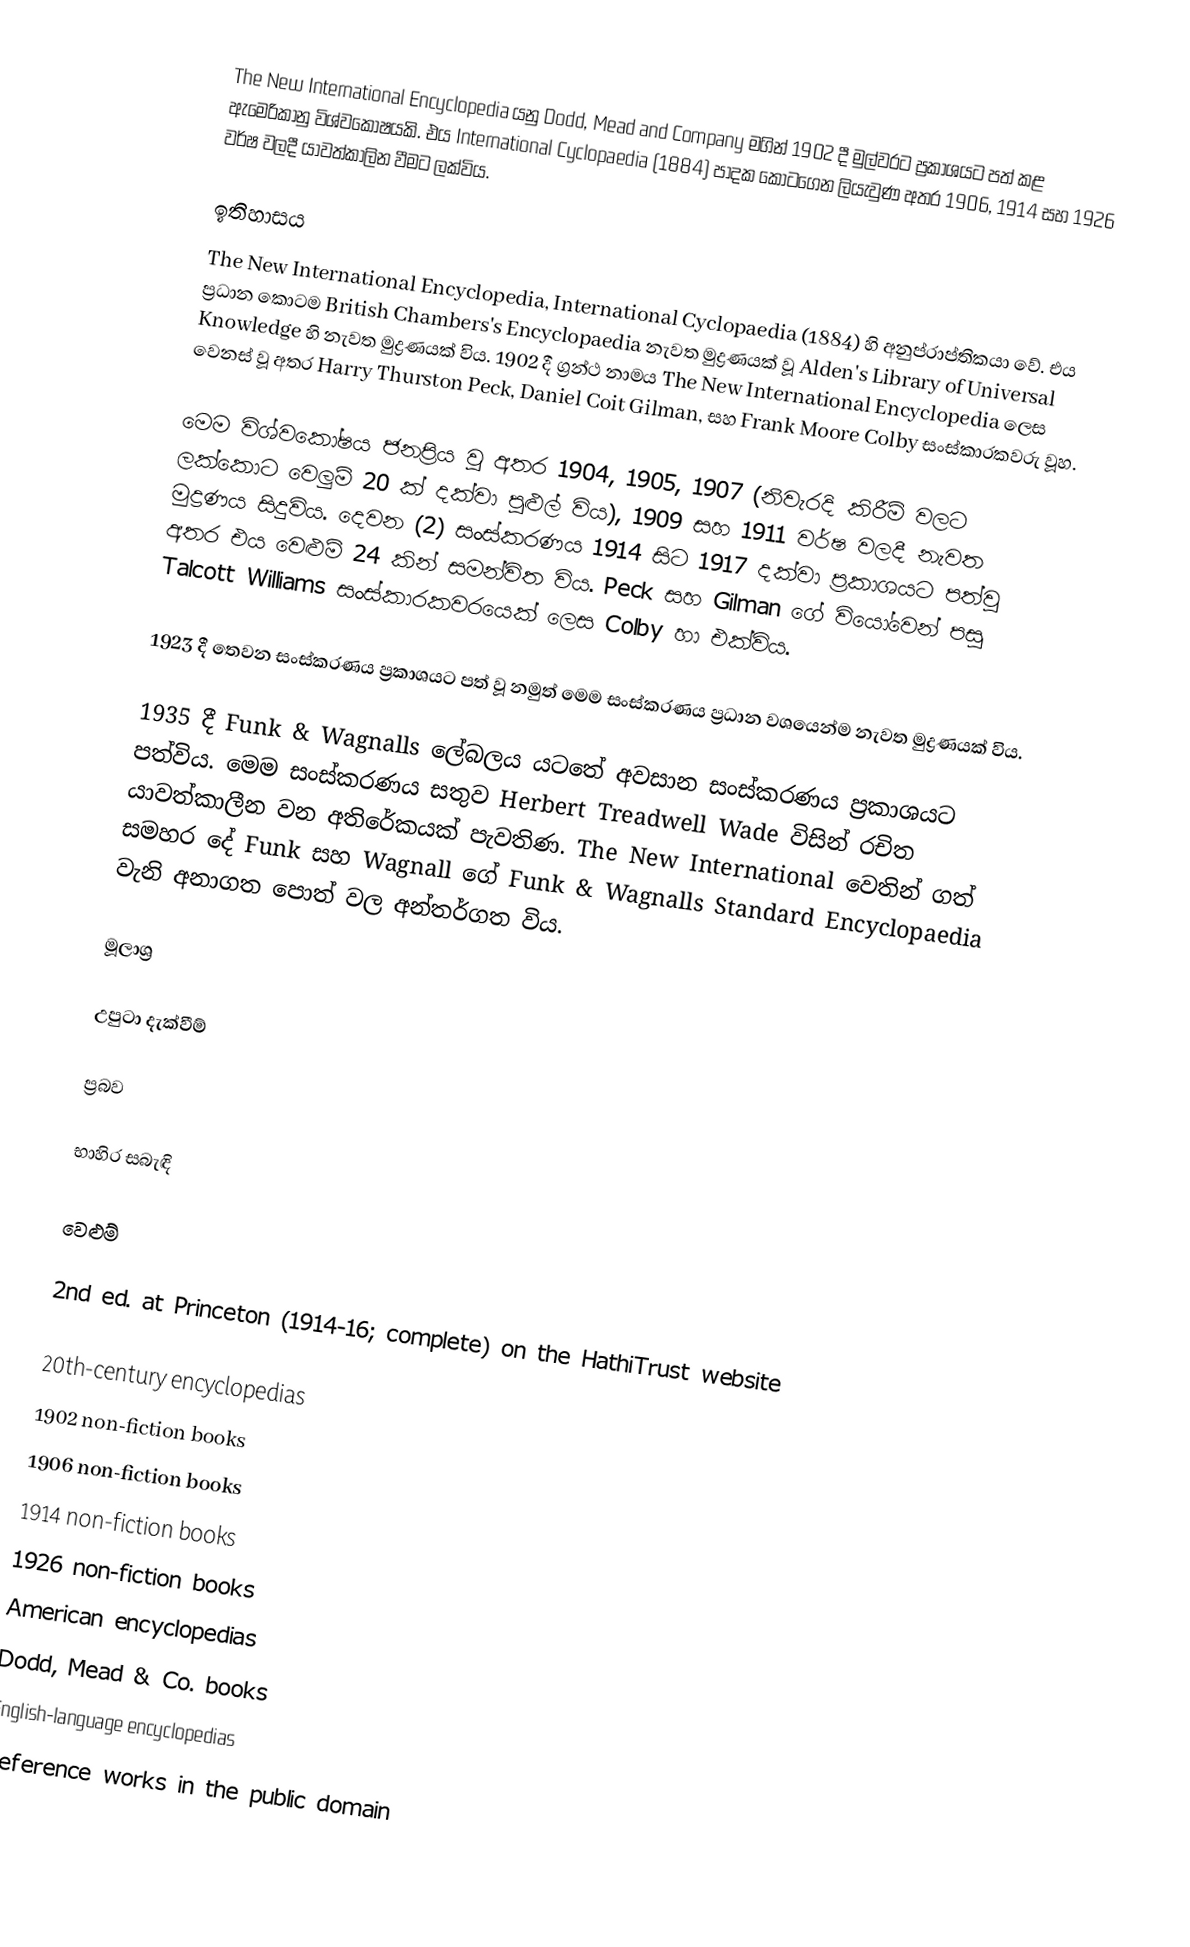
The New International Encyclopedia යනු Dodd, Mead and Company මගින් 1902 දී මුල්වරට ප්‍රකාශයට පත් කළ ඇමෙරිකානු විශ්වකෝෂයකි. එය International Cyclopaedia (1884) පාදක කොටගෙන ලියැවුණ අතර 1906, 1914 සහ 1926 වර්ෂ වලදී යාවත්කාලින වීමට ලක්විය.

ඉතිහාසය
The New International Encyclopedia, International Cyclopaedia (1884) හි අනුප්රාප්තිකයා වේ. එය ප්‍රධාන කොටම British Chambers's Encyclopaedia නැවත මුද්‍රණයක් වූ Alden's Library of Universal Knowledge හි නැවත මුද්‍රණයක් විය. 1902 දී ග්‍රන්ථ නාමය The New International Encyclopedia ලෙස වෙනස් වූ අතර Harry Thurston Peck, Daniel Coit Gilman, සහ Frank Moore Colby සංස්කාරකවරු වූහ.

මෙම විශ්වකෝෂය ජනප්‍රිය වූ අතර 1904, 1905, 1907 (නිවැරදි කිරීම් වලට ලක්කොට වෙලුම් 20 ක් දක්වා පුළුල් විය), 1909 සහ 1911 වර්ෂ වලදී නැවත මුද්‍රණය සිදුවිය. දෙවන (2) සංස්කරණය 1914 සිට 1917 දක්වා ප්‍රකාශයට පත්වූ අතර එය වෙළුම් 24 කින් සමන්විත විය. Peck සහ Gilman ගේ වියෝවෙන් පසු Talcott Williams සංස්කාරකවරයෙක් ලෙස Colby හා එක්විය.

1923 දී තෙවන සංස්කරණය ප්‍රකාශයට පත් වූ නමුත් මෙම සංස්කරණය ප්‍රධාන වශයෙන්ම නැවත මුද්‍රණයක් විය.

1935 දී Funk & Wagnalls ලේබලය යටතේ අවසාන සංස්කරණය ප්‍රකාශයට පත්විය. මෙම සංස්කරණය සතුව Herbert Treadwell Wade විසින් රචිත යාවත්කාලීන වන අතිරේකයක් පැවතිණ. The New International වෙතින් ගත් සමහර දේ Funk සහ Wagnall ගේ Funk & Wagnalls Standard Encyclopaedia වැනි අනාගත පොත් වල අන්තර්ගත විය.

මූලාශ්‍ර

උපුටා දැක්වීම්

ප්‍රබව

භාහිර සබැඳි

වෙළුම්

2nd ed. at Princeton (1914-16; complete) on the HathiTrust website

20th-century encyclopedias
1902 non-fiction books
1906 non-fiction books
1914 non-fiction books
1926 non-fiction books
American encyclopedias
Dodd, Mead & Co. books
English-language encyclopedias
Reference works in the public domain